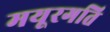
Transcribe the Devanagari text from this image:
मयूरगति